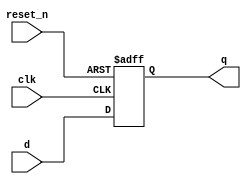
module _dff_r(clk, reset_n, d, q);
	
	input		clk, reset_n, d;	// input ports
	output reg q;					// output port & reg type
	
		always @ (posedge clk or negedge reset_n) begin // asynchronous
			if(reset_n == 0)	q <= 1'b0;
			else q <= d;
		end
		
	
endmodule // end